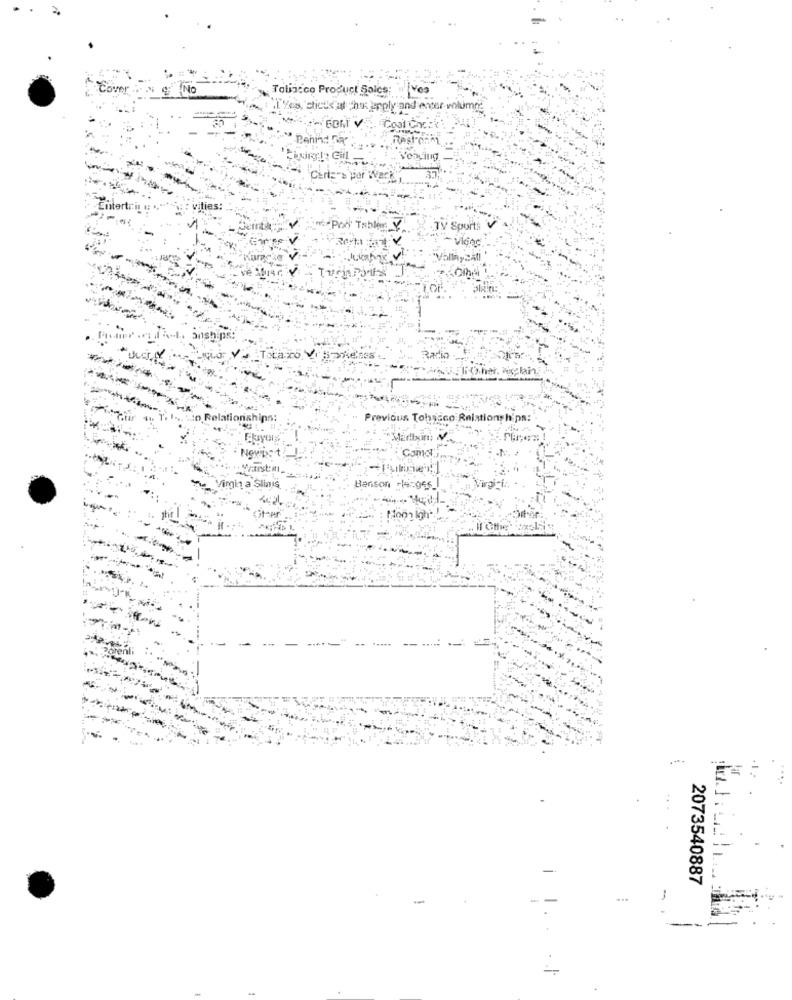
ING
Toliacco Product Bolcs;
Ives
Cover
"hak apply and enger volume?
Vonging
Fritert
Sport!
~ Vidjąc
lationshipn:
Previous Tohsaco Relations hips:
Marlbunt
NOWDS T
a Slinis
Benson cl4:066_
...
-
2073540887
...
-